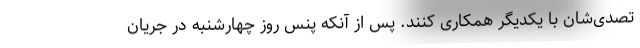
تصدی‌شان با یکدیگر همکاری کنند. پس از آنکه پنس روز چهارشنبه در جریان